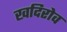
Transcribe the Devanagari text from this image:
खदिरोव